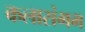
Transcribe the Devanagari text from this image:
कलासंगम